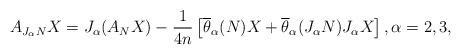
LaTeX: \begin{align*}A_{J_\alpha N}X=J_\alpha (A_NX)-\frac{1}{4n}\left[\overline \theta _\alpha (N)X+\overline \theta _\alpha (J_\alpha N)J_\alpha X\right] , \alpha =2,3 ,\end{align*}